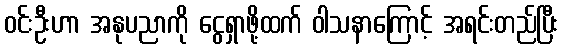
ဝင်းဦးဟာ အနုပညာကို ငွေရှာဖို့ထက် ဝါသနာကြောင့် အရင်းတည်ပြီး